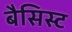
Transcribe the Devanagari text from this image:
बैसिस्ट